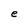
Character: e